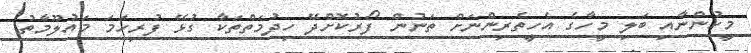
މީހުންނާއި ބަލި މީހާގެ އެހީތެރިންނަށް ތަނުން ފޯރުކޮށްދޭ ހިދުމަތްތަކާ ގުޅޭ ފުރިހަމަ މައުލޫމާތު